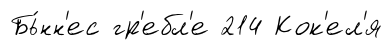
Бь́нн'ес гр'ебл'е 214 Кок'ел'я